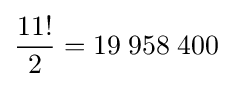
{\frac {11!}{2}}=19\;958\;400